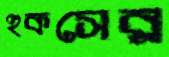
হুকসের